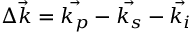
\Delta \vec { k } = \vec { k _ { p } } - \vec { k _ { s } } - \vec { k _ { i } }